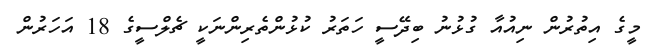
މީގެ އިތުރުން ނިއުއާ ގުޅުނު ބިދޭސީ ހަތަރު ކުޅުންތެރިންނަކީ ޗެލްސީގެ 18 އަހަރުން